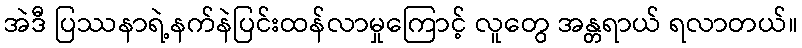
အဲဒီ ပြဿနာရဲ့နက်နဲပြင်းထန်လာမှုကြောင့် လူတွေ အန္တရာယ် ရလာတယ်။